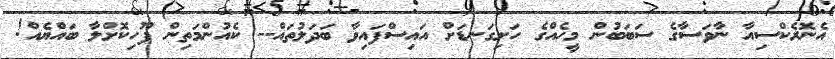
އެނޮރެކްސިއާ ނާވަސާގެ ސަބަބުން މީހެއްގެ ހަށިގަނޑަށް އައިސްފައިވާ ބަދަލުތައް-- ކެއުންމަތިން ފޫހިކޮށްލާ ބައްޔެއް!